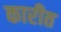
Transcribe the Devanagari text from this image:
कारीत